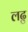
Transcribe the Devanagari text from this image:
लढु